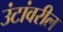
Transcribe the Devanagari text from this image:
उंटांवरील